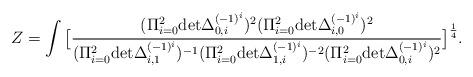
LaTeX: \begin{align*}Z=\int \big[{(\Pi_{i=0}^2 {\rm det}\Delta_{0,i}^{(-1)^i})^2(\Pi_{i=0}^2{\rm det} \Delta_{i,0}^{(-1)^i})^2\over(\Pi_{i=0}^2 {\rm det}\Delta_{i,1}^{(-1)^i})^{-1}(\Pi_{i=0}^2 {\rm det}\Delta_{1,i}^{(-1)^i})^{-2}(\Pi_{i=0}^2 {\rm det}\Delta_{0,i}^{(-1)^i})^2}\big]^{1\over 4}.\end{align*}